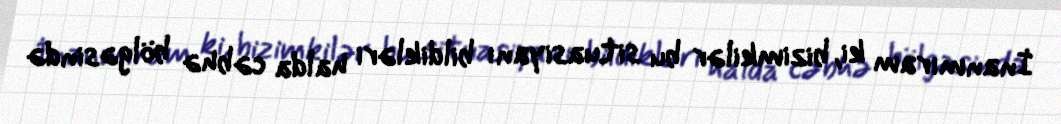
İnanmıram ki, bizimkilər bu situasiyanı bildikləri halda cəbhə bölgəsində